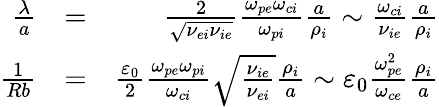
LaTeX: \begin{array}{rlr}{\frac{\lambda}{a}}&{=}&{\frac{2}{\sqrt{\nu_{ei}\nu_{ie}}}\frac{\omega_{pe}\omega_{ci}}{\omega_{pi}}\frac{a}{\rho_{i}}\sim\frac{\omega_{ci}}{\nu_{ie}}\frac{a}{\rho_{i}}}\\ {\frac{1}{Rb}}&{=}&{\frac{\varepsilon_{0}}{2}\frac{\omega_{pe}\omega_{pi}}{\omega_{ci}}\sqrt{\frac{\nu_{ie}}{\nu_{ei}}}\frac{\rho_{i}}{a}\sim\varepsilon_{0}\frac{\omega_{pe}^{2}}{\omega_{ce}}\frac{\rho_{i}}{a}}\end{array}